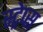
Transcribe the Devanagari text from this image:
स्ट्रेप्स